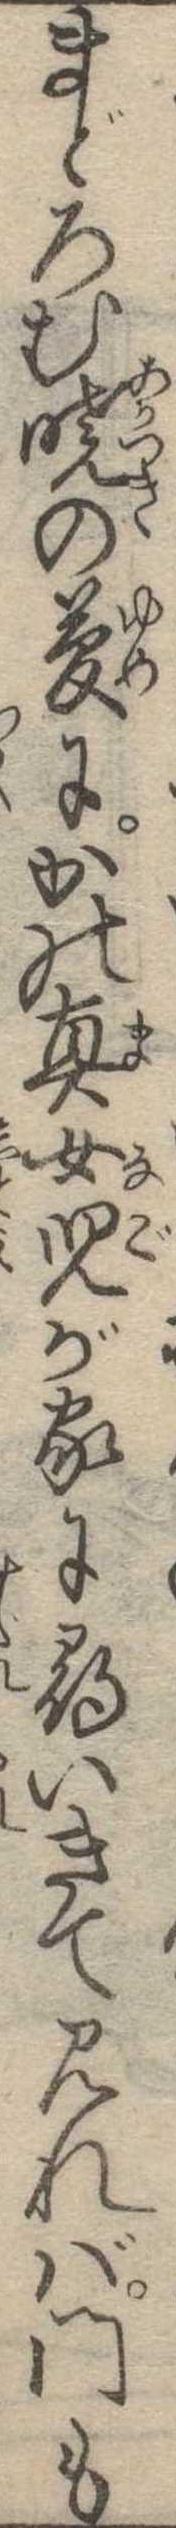
まどろむ暁の夢にかの真女児が家に尋いきて見れば門も